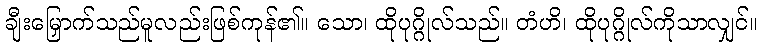
ချီးမြှောက်သည်မူလည်းဖြစ်ကုန်၏။ သော၊ ထိုပုဂ္ဂိုလ်သည်။ တံဟိ၊ ထိုပုဂ္ဂိုလ်ကိုသာလျှင်။